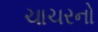
ચાચરનો